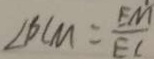
\angle B C M = \frac { E M } { E C }